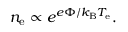
n _ { \mathrm { e } } \propto e ^ { e \Phi / k _ { \mathrm { B } } T _ { \mathrm { e } } } .